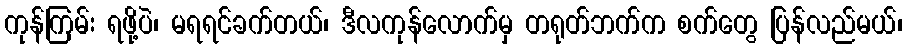
ကုန်ကြမ်း ရဖို့ပဲ၊ မရရင်ခက်တယ်၊ ဒီလကုန်လောက်မှ တရုတ်ဘက်က စက်တွေ ပြန်လည်မယ်၊